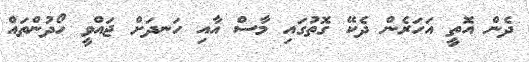
ދެން އޮތީ އަހަރެން ދެކޭ ގޮތުގައި މާސް އާއި ހަނދަށް ޖައްވީ ހޯދުންތައް